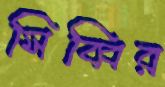
সিব্বির